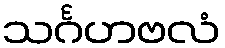
သင်္ဂဟဗလံ